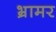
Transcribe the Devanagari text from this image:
भ्रामर